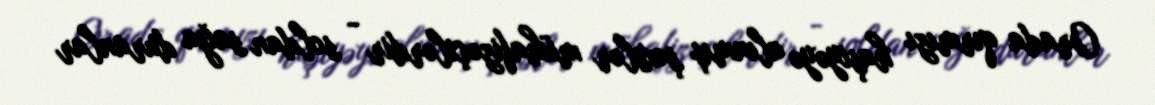
Orada qırmızı haşiyəyə alınmış şəxslər mühafizəçilərdir - soldan sağa duranlar